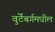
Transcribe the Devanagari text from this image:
वुर्टेंबर्गमधील